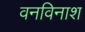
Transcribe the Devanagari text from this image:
वनविनाश